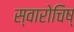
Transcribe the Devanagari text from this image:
स्वारोचिष्‌